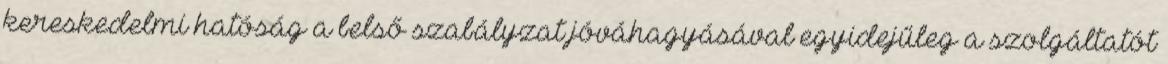
kereskedelmi hatóság a belső szabályzat jóváhagyásával egyidejűleg a szolgáltatót